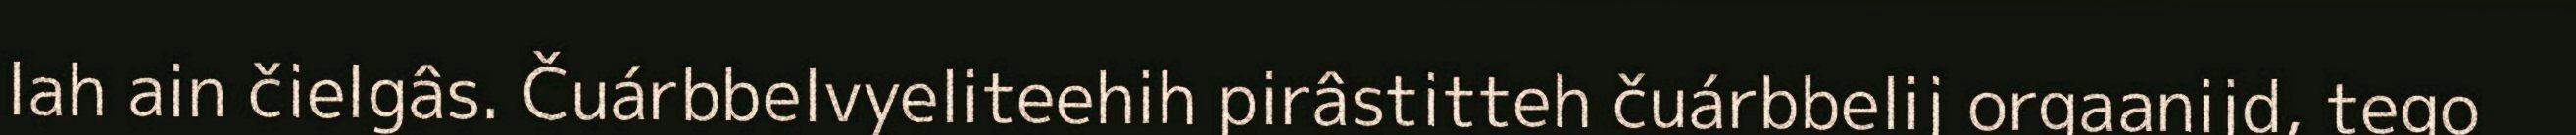
lah ain čielgâs. Čuárbbelvyeliteehih pirâstitteh čuárbbelij orgaanijd, tego